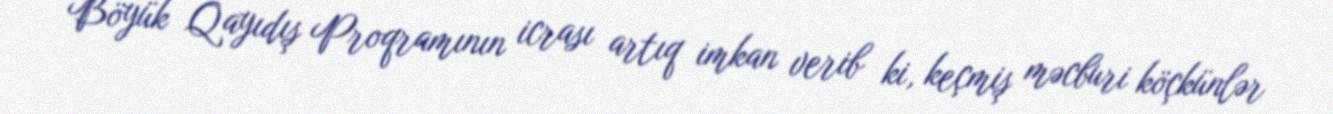
Böyük Qayıdış Proqramının icrası artıq imkan verib ki, keçmiş məcburi köçkünlər